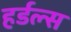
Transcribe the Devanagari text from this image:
हर्डल्स